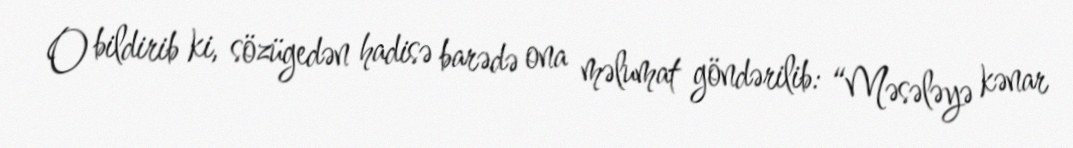
O bildirib ki, sözügedən hadisə barədə ona məlumat göndərilib: “Məsələyə kənar